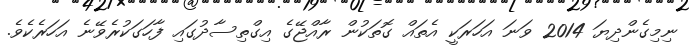
ނިމިގެންދިޔަ 2014 ވަނަ އަހަރަކީ އެތައް ގޮތަކުން ރާއްޖޭގެ އިގްތިސާދުގައި ފާހަގަކުރެވޭނެ އަހަރެކެވެ.